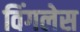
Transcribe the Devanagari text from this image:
विंगलेस